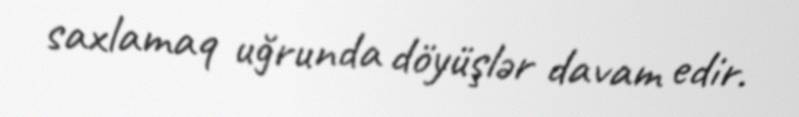
saxlamaq uğrunda döyüşlər davam edir.